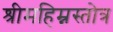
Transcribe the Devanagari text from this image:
श्रीमहिम्नस्तोत्र